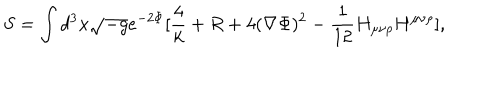
S = \int d ^ { 3 } x \sqrt { - g } e ^ { - 2 \Phi } [ \frac { 4 } { k } + R + 4 ( \nabla \Phi ) ^ { 2 } - \frac { 1 } { 1 2 } H _ { \mu \nu \rho } H ^ { \mu \nu \rho } ] ,